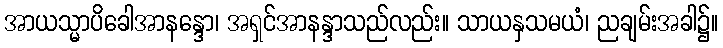
အာယသ္မာပိခေါအာနန္ဒော၊ အရှင်အာနန္ဒာသည်လည်း။ သာယနှသမယံ၊ ညချမ်းအခါ၌။